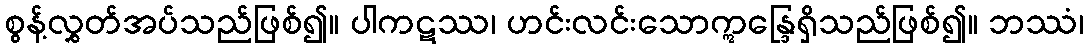
စွန့်လွှတ်အပ်သည်ဖြစ်၍။ ပါကဋဿ၊ ဟင်းလင်းသောဣန္ဒြေရှိသည်ဖြစ်၍။ ဘဿံ၊